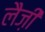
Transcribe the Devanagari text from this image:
लैज़ी